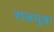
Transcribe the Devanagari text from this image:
राजपुत्रः